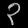
Digit: ၃